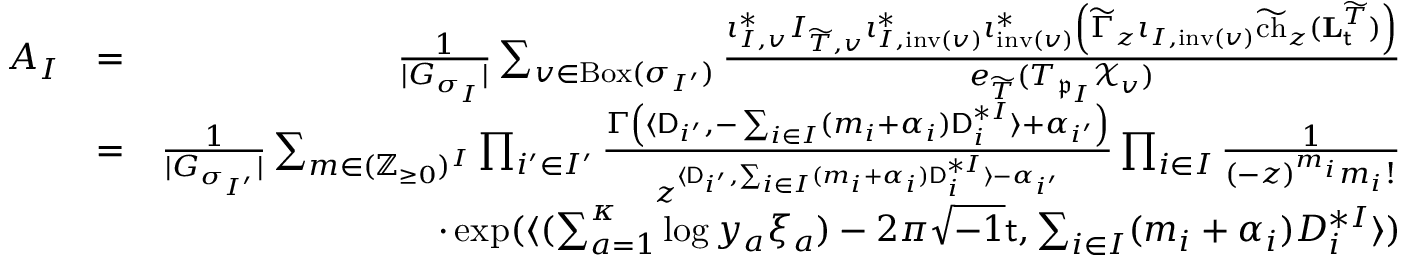
\begin{array} { r l r } { A _ { I } } & { = } & { \frac { 1 } { | G _ { \sigma _ { I } } | } \sum _ { v \in \mathrm { B o x } ( \sigma _ { I ^ { \prime } } ) } \frac { \iota _ { I , v } ^ { * } I _ { \widetilde { T } , v } \iota _ { I , \mathrm { i n v } ( v ) } ^ { * } \iota _ { \mathrm { i n v } ( v ) } ^ { * } \left( \widetilde { \Gamma } _ { z } \iota _ { I , \mathrm { i n v } ( v ) } \widetilde { \mathrm { c h } } _ { z } ( \mathbf { L } _ { \mathsf { t } } ^ { \widetilde { T } } ) \right) } { e _ { \widetilde { T } } ( T _ { \mathfrak { p } _ { I } } \mathcal { X } _ { v } ) } } \\ & { = } & { \frac { 1 } { | G _ { \sigma _ { I ^ { \prime } } } | } \sum _ { m \in ( \mathbb { Z } _ { \geq 0 } ) ^ { I } } \prod _ { i ^ { \prime } \in I ^ { \prime } } \frac { \Gamma \left( \langle \mathsf { D } _ { i ^ { \prime } } , - \sum _ { i \in I } ( m _ { i } + \alpha _ { i } ) \mathsf { D } _ { i } ^ { * I } \rangle + \alpha _ { i ^ { \prime } } \right) } { z ^ { \langle \mathsf { D } _ { i ^ { \prime } } , \sum _ { i \in I } ( m _ { i } + \alpha _ { i } ) \mathsf { D } _ { i } ^ { * I } \rangle - \alpha _ { i ^ { \prime } } } } \prod _ { i \in I } \frac { 1 } { ( - z ) ^ { m _ { i } } m _ { i } ! } } \\ & { } & { \cdot \exp ( \langle ( \sum _ { a = 1 } ^ { \boldsymbol { \kappa } } \log y _ { a } \xi _ { a } ) - 2 \pi \sqrt { - 1 } \mathsf { t } , \sum _ { i \in I } ( m _ { i } + \alpha _ { i } ) D _ { i } ^ { * I } \rangle ) } \end{array}